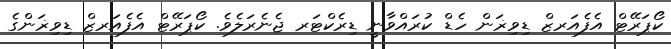
ކޯޕަރޭޓް އެފެއަރޒް ޑިވިޜަން ހެޑް ކުރައްވާނީ ޑިރެކްޓަރ ޖެނެރަލެވެ. ކޯޕަރޭޓް އެފެއަރޒް ޑިވިޜަންގެ